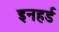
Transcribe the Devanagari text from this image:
इनहर्ड